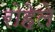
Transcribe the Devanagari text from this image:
रोहेले